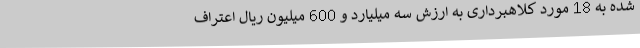
شده به 18 مورد کلاهبرداری به ارزش سه میلیارد و 600 میلیون ریال اعتراف